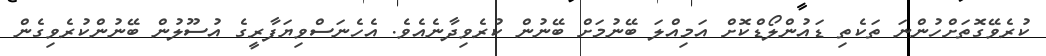
ކުރެވޭގޮތަށްހުންނަ ތަކެތި ޑައުންލޯޑްކޮށް އަމިއްލަ ބޭނުމަށް ބޭނުން ކުރެވިދާނެއެވެ. އެހެނަސްވިޔަފާރީގެ އުސޫލުން ބޭނުންކުރެވިގެން